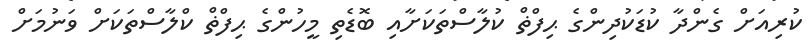
ކުރިއަށް ގެންދާ ކުޑަކުދިންގެ ޙިފްޡް ކުލާސްތަކަށާއި ބޮޑެތި މީހުންގެ ޙިފްޡް ކްލާސްތަކަށް ވަނުމަށް